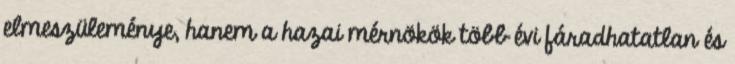
elmeszüleménye, hanem a hazai mérnökök több évi fáradhatatlan és